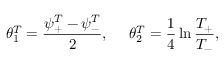
\theta _ { 1 } ^ { T } = \frac { \psi _ { + } ^ { T } - \psi _ { - } ^ { T } } { 2 } , \ \ \ \ \theta _ { 2 } ^ { T } = \frac { 1 } { 4 } \ln \frac { T _ { + } } { T _ { - } } ,